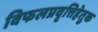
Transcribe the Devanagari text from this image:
विफलप्रवृत्तिहेतुक